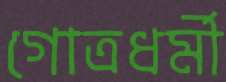
গোত্রধর্মী